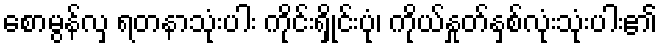
စောမွန်လှ ရတနာသုံးပါး ကိုင်းရှိုင်းပုံ၊ ကိုယ်နှုတ်နှစ်လုံးသုံးပါး၏